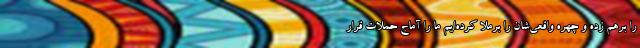
را برهم زده و چهره واقعی‌شان را برملا کرده‌ایم ما را آماج حملات قرار